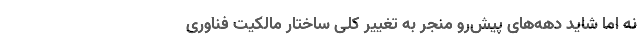
نه اما شاید دهه‌های پیش‌رو منجر به تغییر کلی ساختار مالکیت فناوری